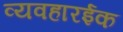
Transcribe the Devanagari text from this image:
व्यवहारईक